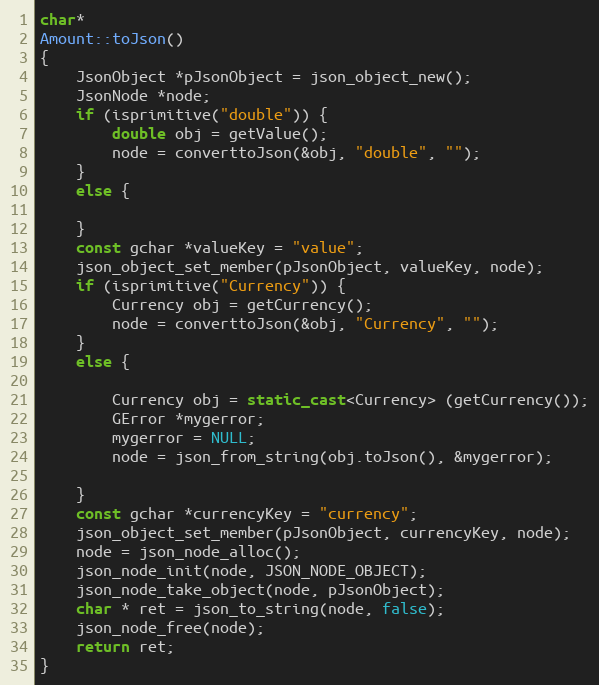
Language: C++
char*
Amount::toJson()
{
	JsonObject *pJsonObject = json_object_new();
	JsonNode *node;
	if (isprimitive("double")) {
		double obj = getValue();
		node = converttoJson(&obj, "double", "");
	}
	else {

	}
	const gchar *valueKey = "value";
	json_object_set_member(pJsonObject, valueKey, node);
	if (isprimitive("Currency")) {
		Currency obj = getCurrency();
		node = converttoJson(&obj, "Currency", "");
	}
	else {

		Currency obj = static_cast<Currency> (getCurrency());
		GError *mygerror;
		mygerror = NULL;
		node = json_from_string(obj.toJson(), &mygerror);

	}
	const gchar *currencyKey = "currency";
	json_object_set_member(pJsonObject, currencyKey, node);
	node = json_node_alloc();
	json_node_init(node, JSON_NODE_OBJECT);
	json_node_take_object(node, pJsonObject);
	char * ret = json_to_string(node, false);
	json_node_free(node);
	return ret;
}